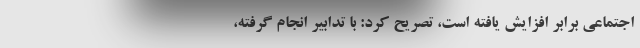
اجتماعی برابر افزایش یافته است، تصریح کرد: با تدابیر انجام گرفته،